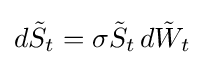
d{\tilde {S}}_{t}=\sigma {\tilde {S}}_{t}\,d{\tilde {W}}_{t}